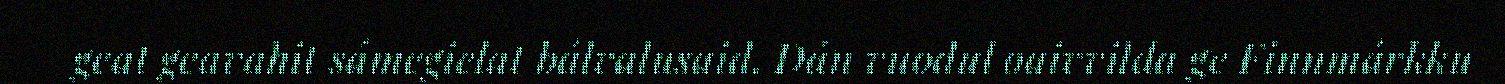
geat geavahit sámegielat bálvalusaid. Dán vuođul oaivvilda ge Finnmárkku